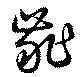
齚